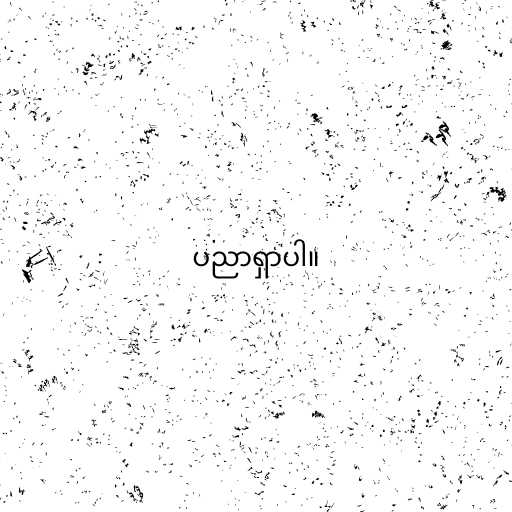
ပညာရှာပါ။